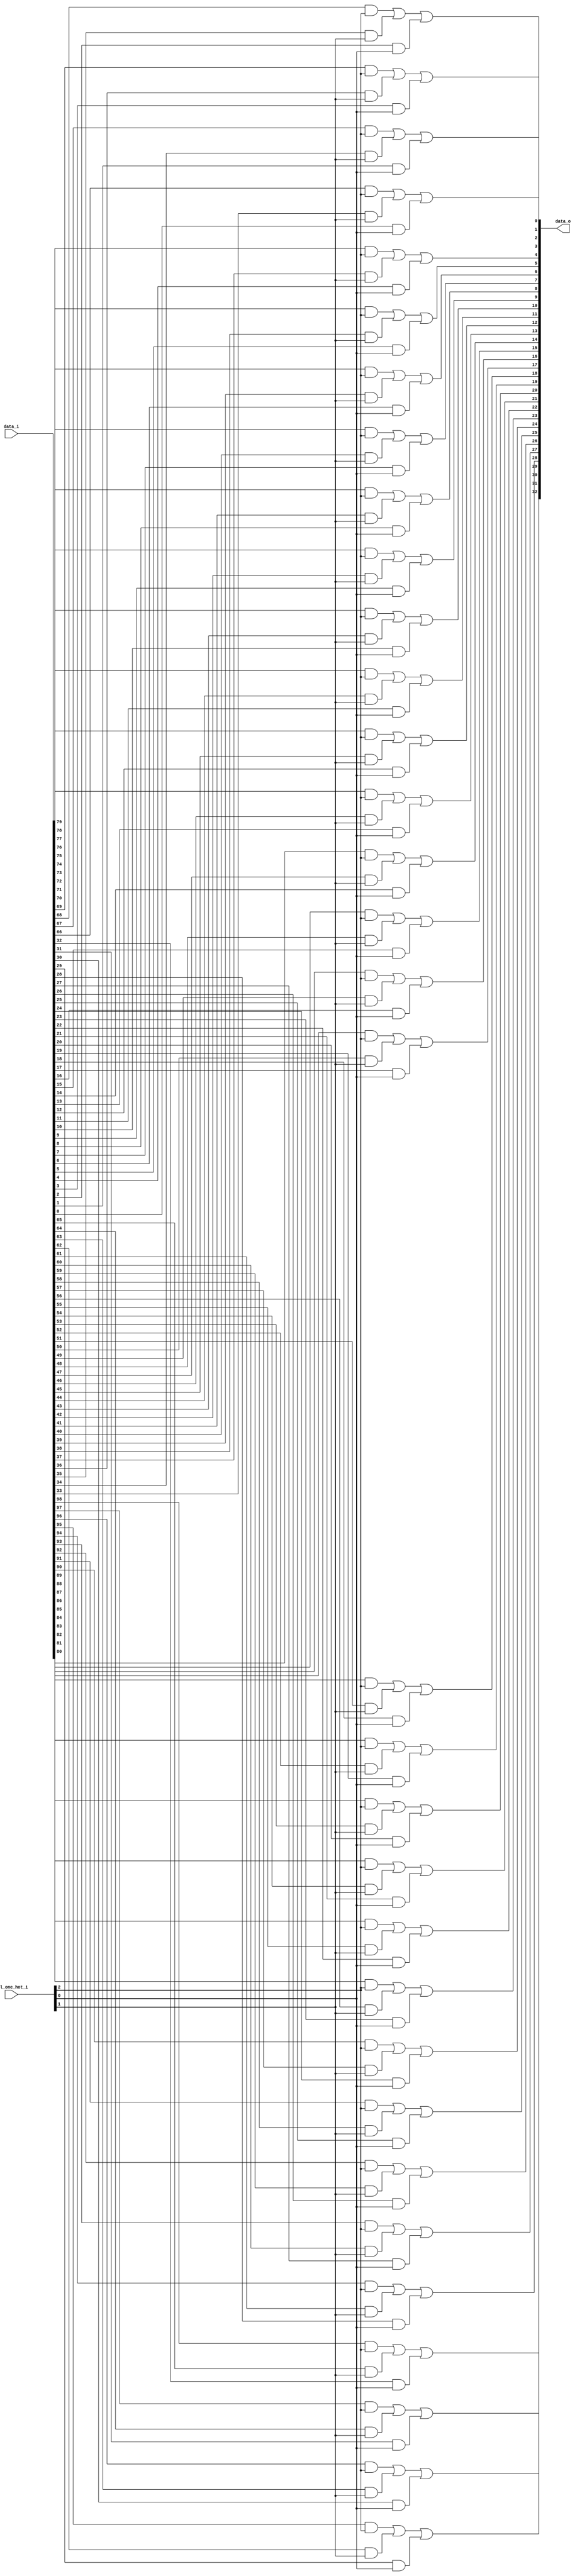
module bsg_mux_one_hot_width_p33_els_p3
(
  data_i,
  sel_one_hot_i,
  data_o
);

  input [98:0] data_i;
  input [2:0] sel_one_hot_i;
  output [32:0] data_o;
  wire [32:0] data_o;
  wire N0,N1,N2,N3,N4,N5,N6,N7,N8,N9,N10,N11,N12,N13,N14,N15,N16,N17,N18,N19,N20,N21,
  N22,N23,N24,N25,N26,N27,N28,N29,N30,N31,N32;
  wire [98:0] data_masked;
  assign data_masked[32] = data_i[32] & sel_one_hot_i[0];
  assign data_masked[31] = data_i[31] & sel_one_hot_i[0];
  assign data_masked[30] = data_i[30] & sel_one_hot_i[0];
  assign data_masked[29] = data_i[29] & sel_one_hot_i[0];
  assign data_masked[28] = data_i[28] & sel_one_hot_i[0];
  assign data_masked[27] = data_i[27] & sel_one_hot_i[0];
  assign data_masked[26] = data_i[26] & sel_one_hot_i[0];
  assign data_masked[25] = data_i[25] & sel_one_hot_i[0];
  assign data_masked[24] = data_i[24] & sel_one_hot_i[0];
  assign data_masked[23] = data_i[23] & sel_one_hot_i[0];
  assign data_masked[22] = data_i[22] & sel_one_hot_i[0];
  assign data_masked[21] = data_i[21] & sel_one_hot_i[0];
  assign data_masked[20] = data_i[20] & sel_one_hot_i[0];
  assign data_masked[19] = data_i[19] & sel_one_hot_i[0];
  assign data_masked[18] = data_i[18] & sel_one_hot_i[0];
  assign data_masked[17] = data_i[17] & sel_one_hot_i[0];
  assign data_masked[16] = data_i[16] & sel_one_hot_i[0];
  assign data_masked[15] = data_i[15] & sel_one_hot_i[0];
  assign data_masked[14] = data_i[14] & sel_one_hot_i[0];
  assign data_masked[13] = data_i[13] & sel_one_hot_i[0];
  assign data_masked[12] = data_i[12] & sel_one_hot_i[0];
  assign data_masked[11] = data_i[11] & sel_one_hot_i[0];
  assign data_masked[10] = data_i[10] & sel_one_hot_i[0];
  assign data_masked[9] = data_i[9] & sel_one_hot_i[0];
  assign data_masked[8] = data_i[8] & sel_one_hot_i[0];
  assign data_masked[7] = data_i[7] & sel_one_hot_i[0];
  assign data_masked[6] = data_i[6] & sel_one_hot_i[0];
  assign data_masked[5] = data_i[5] & sel_one_hot_i[0];
  assign data_masked[4] = data_i[4] & sel_one_hot_i[0];
  assign data_masked[3] = data_i[3] & sel_one_hot_i[0];
  assign data_masked[2] = data_i[2] & sel_one_hot_i[0];
  assign data_masked[1] = data_i[1] & sel_one_hot_i[0];
  assign data_masked[0] = data_i[0] & sel_one_hot_i[0];
  assign data_masked[65] = data_i[65] & sel_one_hot_i[1];
  assign data_masked[64] = data_i[64] & sel_one_hot_i[1];
  assign data_masked[63] = data_i[63] & sel_one_hot_i[1];
  assign data_masked[62] = data_i[62] & sel_one_hot_i[1];
  assign data_masked[61] = data_i[61] & sel_one_hot_i[1];
  assign data_masked[60] = data_i[60] & sel_one_hot_i[1];
  assign data_masked[59] = data_i[59] & sel_one_hot_i[1];
  assign data_masked[58] = data_i[58] & sel_one_hot_i[1];
  assign data_masked[57] = data_i[57] & sel_one_hot_i[1];
  assign data_masked[56] = data_i[56] & sel_one_hot_i[1];
  assign data_masked[55] = data_i[55] & sel_one_hot_i[1];
  assign data_masked[54] = data_i[54] & sel_one_hot_i[1];
  assign data_masked[53] = data_i[53] & sel_one_hot_i[1];
  assign data_masked[52] = data_i[52] & sel_one_hot_i[1];
  assign data_masked[51] = data_i[51] & sel_one_hot_i[1];
  assign data_masked[50] = data_i[50] & sel_one_hot_i[1];
  assign data_masked[49] = data_i[49] & sel_one_hot_i[1];
  assign data_masked[48] = data_i[48] & sel_one_hot_i[1];
  assign data_masked[47] = data_i[47] & sel_one_hot_i[1];
  assign data_masked[46] = data_i[46] & sel_one_hot_i[1];
  assign data_masked[45] = data_i[45] & sel_one_hot_i[1];
  assign data_masked[44] = data_i[44] & sel_one_hot_i[1];
  assign data_masked[43] = data_i[43] & sel_one_hot_i[1];
  assign data_masked[42] = data_i[42] & sel_one_hot_i[1];
  assign data_masked[41] = data_i[41] & sel_one_hot_i[1];
  assign data_masked[40] = data_i[40] & sel_one_hot_i[1];
  assign data_masked[39] = data_i[39] & sel_one_hot_i[1];
  assign data_masked[38] = data_i[38] & sel_one_hot_i[1];
  assign data_masked[37] = data_i[37] & sel_one_hot_i[1];
  assign data_masked[36] = data_i[36] & sel_one_hot_i[1];
  assign data_masked[35] = data_i[35] & sel_one_hot_i[1];
  assign data_masked[34] = data_i[34] & sel_one_hot_i[1];
  assign data_masked[33] = data_i[33] & sel_one_hot_i[1];
  assign data_masked[98] = data_i[98] & sel_one_hot_i[2];
  assign data_masked[97] = data_i[97] & sel_one_hot_i[2];
  assign data_masked[96] = data_i[96] & sel_one_hot_i[2];
  assign data_masked[95] = data_i[95] & sel_one_hot_i[2];
  assign data_masked[94] = data_i[94] & sel_one_hot_i[2];
  assign data_masked[93] = data_i[93] & sel_one_hot_i[2];
  assign data_masked[92] = data_i[92] & sel_one_hot_i[2];
  assign data_masked[91] = data_i[91] & sel_one_hot_i[2];
  assign data_masked[90] = data_i[90] & sel_one_hot_i[2];
  assign data_masked[89] = data_i[89] & sel_one_hot_i[2];
  assign data_masked[88] = data_i[88] & sel_one_hot_i[2];
  assign data_masked[87] = data_i[87] & sel_one_hot_i[2];
  assign data_masked[86] = data_i[86] & sel_one_hot_i[2];
  assign data_masked[85] = data_i[85] & sel_one_hot_i[2];
  assign data_masked[84] = data_i[84] & sel_one_hot_i[2];
  assign data_masked[83] = data_i[83] & sel_one_hot_i[2];
  assign data_masked[82] = data_i[82] & sel_one_hot_i[2];
  assign data_masked[81] = data_i[81] & sel_one_hot_i[2];
  assign data_masked[80] = data_i[80] & sel_one_hot_i[2];
  assign data_masked[79] = data_i[79] & sel_one_hot_i[2];
  assign data_masked[78] = data_i[78] & sel_one_hot_i[2];
  assign data_masked[77] = data_i[77] & sel_one_hot_i[2];
  assign data_masked[76] = data_i[76] & sel_one_hot_i[2];
  assign data_masked[75] = data_i[75] & sel_one_hot_i[2];
  assign data_masked[74] = data_i[74] & sel_one_hot_i[2];
  assign data_masked[73] = data_i[73] & sel_one_hot_i[2];
  assign data_masked[72] = data_i[72] & sel_one_hot_i[2];
  assign data_masked[71] = data_i[71] & sel_one_hot_i[2];
  assign data_masked[70] = data_i[70] & sel_one_hot_i[2];
  assign data_masked[69] = data_i[69] & sel_one_hot_i[2];
  assign data_masked[68] = data_i[68] & sel_one_hot_i[2];
  assign data_masked[67] = data_i[67] & sel_one_hot_i[2];
  assign data_masked[66] = data_i[66] & sel_one_hot_i[2];
  assign data_o[0] = N0 | data_masked[0];
  assign N0 = data_masked[66] | data_masked[33];
  assign data_o[1] = N1 | data_masked[1];
  assign N1 = data_masked[67] | data_masked[34];
  assign data_o[2] = N2 | data_masked[2];
  assign N2 = data_masked[68] | data_masked[35];
  assign data_o[3] = N3 | data_masked[3];
  assign N3 = data_masked[69] | data_masked[36];
  assign data_o[4] = N4 | data_masked[4];
  assign N4 = data_masked[70] | data_masked[37];
  assign data_o[5] = N5 | data_masked[5];
  assign N5 = data_masked[71] | data_masked[38];
  assign data_o[6] = N6 | data_masked[6];
  assign N6 = data_masked[72] | data_masked[39];
  assign data_o[7] = N7 | data_masked[7];
  assign N7 = data_masked[73] | data_masked[40];
  assign data_o[8] = N8 | data_masked[8];
  assign N8 = data_masked[74] | data_masked[41];
  assign data_o[9] = N9 | data_masked[9];
  assign N9 = data_masked[75] | data_masked[42];
  assign data_o[10] = N10 | data_masked[10];
  assign N10 = data_masked[76] | data_masked[43];
  assign data_o[11] = N11 | data_masked[11];
  assign N11 = data_masked[77] | data_masked[44];
  assign data_o[12] = N12 | data_masked[12];
  assign N12 = data_masked[78] | data_masked[45];
  assign data_o[13] = N13 | data_masked[13];
  assign N13 = data_masked[79] | data_masked[46];
  assign data_o[14] = N14 | data_masked[14];
  assign N14 = data_masked[80] | data_masked[47];
  assign data_o[15] = N15 | data_masked[15];
  assign N15 = data_masked[81] | data_masked[48];
  assign data_o[16] = N16 | data_masked[16];
  assign N16 = data_masked[82] | data_masked[49];
  assign data_o[17] = N17 | data_masked[17];
  assign N17 = data_masked[83] | data_masked[50];
  assign data_o[18] = N18 | data_masked[18];
  assign N18 = data_masked[84] | data_masked[51];
  assign data_o[19] = N19 | data_masked[19];
  assign N19 = data_masked[85] | data_masked[52];
  assign data_o[20] = N20 | data_masked[20];
  assign N20 = data_masked[86] | data_masked[53];
  assign data_o[21] = N21 | data_masked[21];
  assign N21 = data_masked[87] | data_masked[54];
  assign data_o[22] = N22 | data_masked[22];
  assign N22 = data_masked[88] | data_masked[55];
  assign data_o[23] = N23 | data_masked[23];
  assign N23 = data_masked[89] | data_masked[56];
  assign data_o[24] = N24 | data_masked[24];
  assign N24 = data_masked[90] | data_masked[57];
  assign data_o[25] = N25 | data_masked[25];
  assign N25 = data_masked[91] | data_masked[58];
  assign data_o[26] = N26 | data_masked[26];
  assign N26 = data_masked[92] | data_masked[59];
  assign data_o[27] = N27 | data_masked[27];
  assign N27 = data_masked[93] | data_masked[60];
  assign data_o[28] = N28 | data_masked[28];
  assign N28 = data_masked[94] | data_masked[61];
  assign data_o[29] = N29 | data_masked[29];
  assign N29 = data_masked[95] | data_masked[62];
  assign data_o[30] = N30 | data_masked[30];
  assign N30 = data_masked[96] | data_masked[63];
  assign data_o[31] = N31 | data_masked[31];
  assign N31 = data_masked[97] | data_masked[64];
  assign data_o[32] = N32 | data_masked[32];
  assign N32 = data_masked[98] | data_masked[65];

endmodule